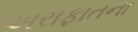
અરાફાતના